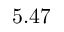
5 . 4 7